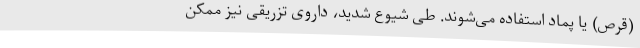
(قرص) یا پماد استفاده می‌شوند. طی شیوع شدید، داروی تزریقی نیز ممکن